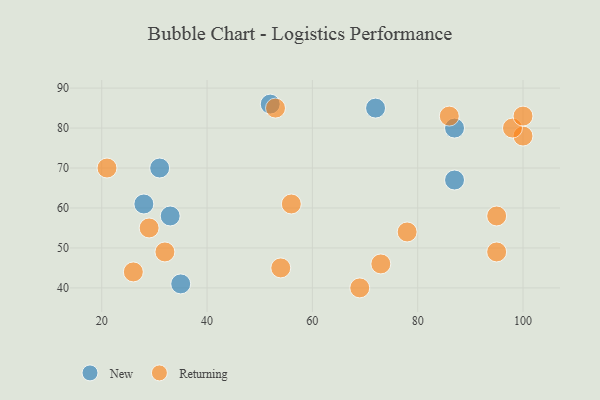
{"axis": {"x": "GDP", "y": "Life Expectancy"}, "legend": ["New", "Returning"], "data": [{"x": "35", "y": 41, "type": "New"}, {"x": "31", "y": 70, "type": "New"}, {"x": "28", "y": 61, "type": "New"}, {"x": "52", "y": 86, "type": "New"}, {"x": "87", "y": 80, "type": "New"}, {"x": "87", "y": 67, "type": "New"}, {"x": "72", "y": 85, "type": "New"}, {"x": "33", "y": 58, "type": "New"}, {"x": "78", "y": 54, "type": "Returning"}, {"x": "73", "y": 46, "type": "Returning"}, {"x": "29", "y": 55, "type": "Returning"}, {"x": "100", "y": 78, "type": "Returning"}, {"x": "21", "y": 70, "type": "Returning"}, {"x": "98", "y": 80, "type": "Returning"}, {"x": "95", "y": 58, "type": "Returning"}, {"x": "86", "y": 83, "type": "Returning"}, {"x": "54", "y": 45, "type": "Returning"}, {"x": "56", "y": 61, "type": "Returning"}, {"x": "32", "y": 49, "type": "Returning"}, {"x": "95", "y": 49, "type": "Returning"}, {"x": "26", "y": 44, "type": "Returning"}, {"x": "100", "y": 83, "type": "Returning"}, {"x": "53", "y": 85, "type": "Returning"}, {"x": "69", "y": 40, "type": "Returning"}]}